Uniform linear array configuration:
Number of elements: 12
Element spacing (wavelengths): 0.25
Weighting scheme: exponential
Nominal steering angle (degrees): -60
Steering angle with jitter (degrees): -60.256
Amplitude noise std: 0.05
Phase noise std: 0.05

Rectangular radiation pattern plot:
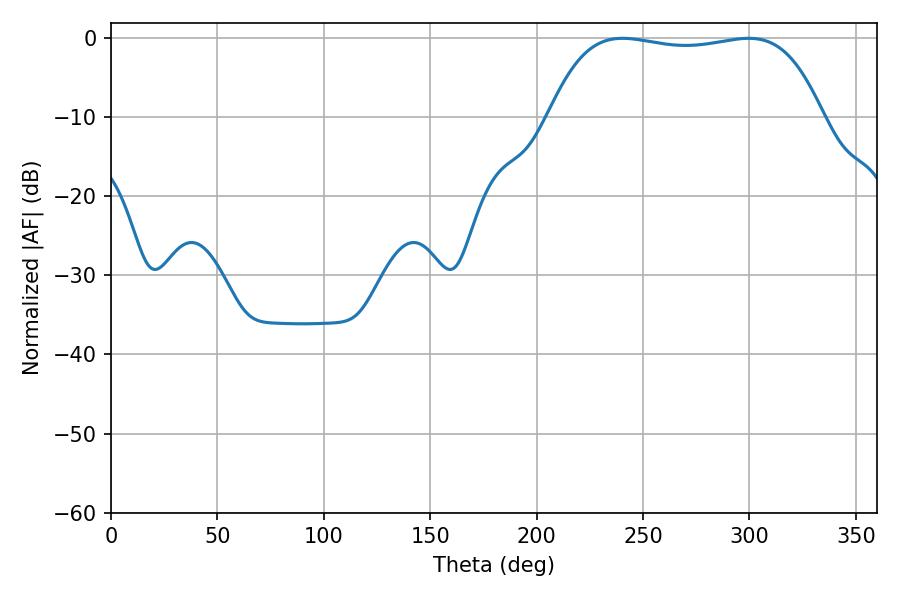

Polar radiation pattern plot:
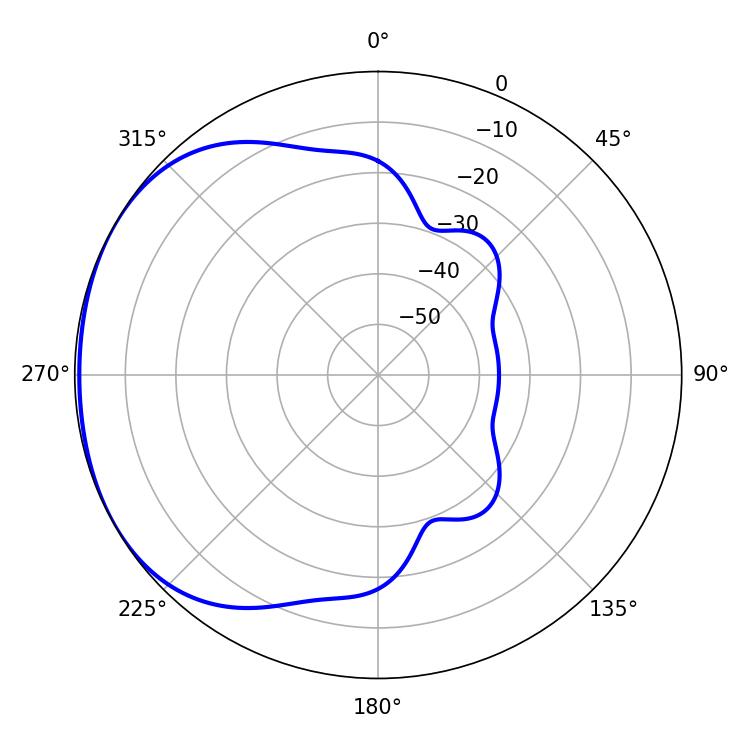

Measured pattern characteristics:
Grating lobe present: FALSE
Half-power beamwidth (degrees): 101.88
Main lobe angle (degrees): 240.3